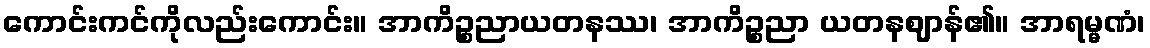
ကောင်းကင်ကိုလည်းကောင်း။ အာကိဉ္စညာယတနဿ၊ အာကိဉ္စညာ ယတနဈာန်၏။ အာရမ္မဏံ၊